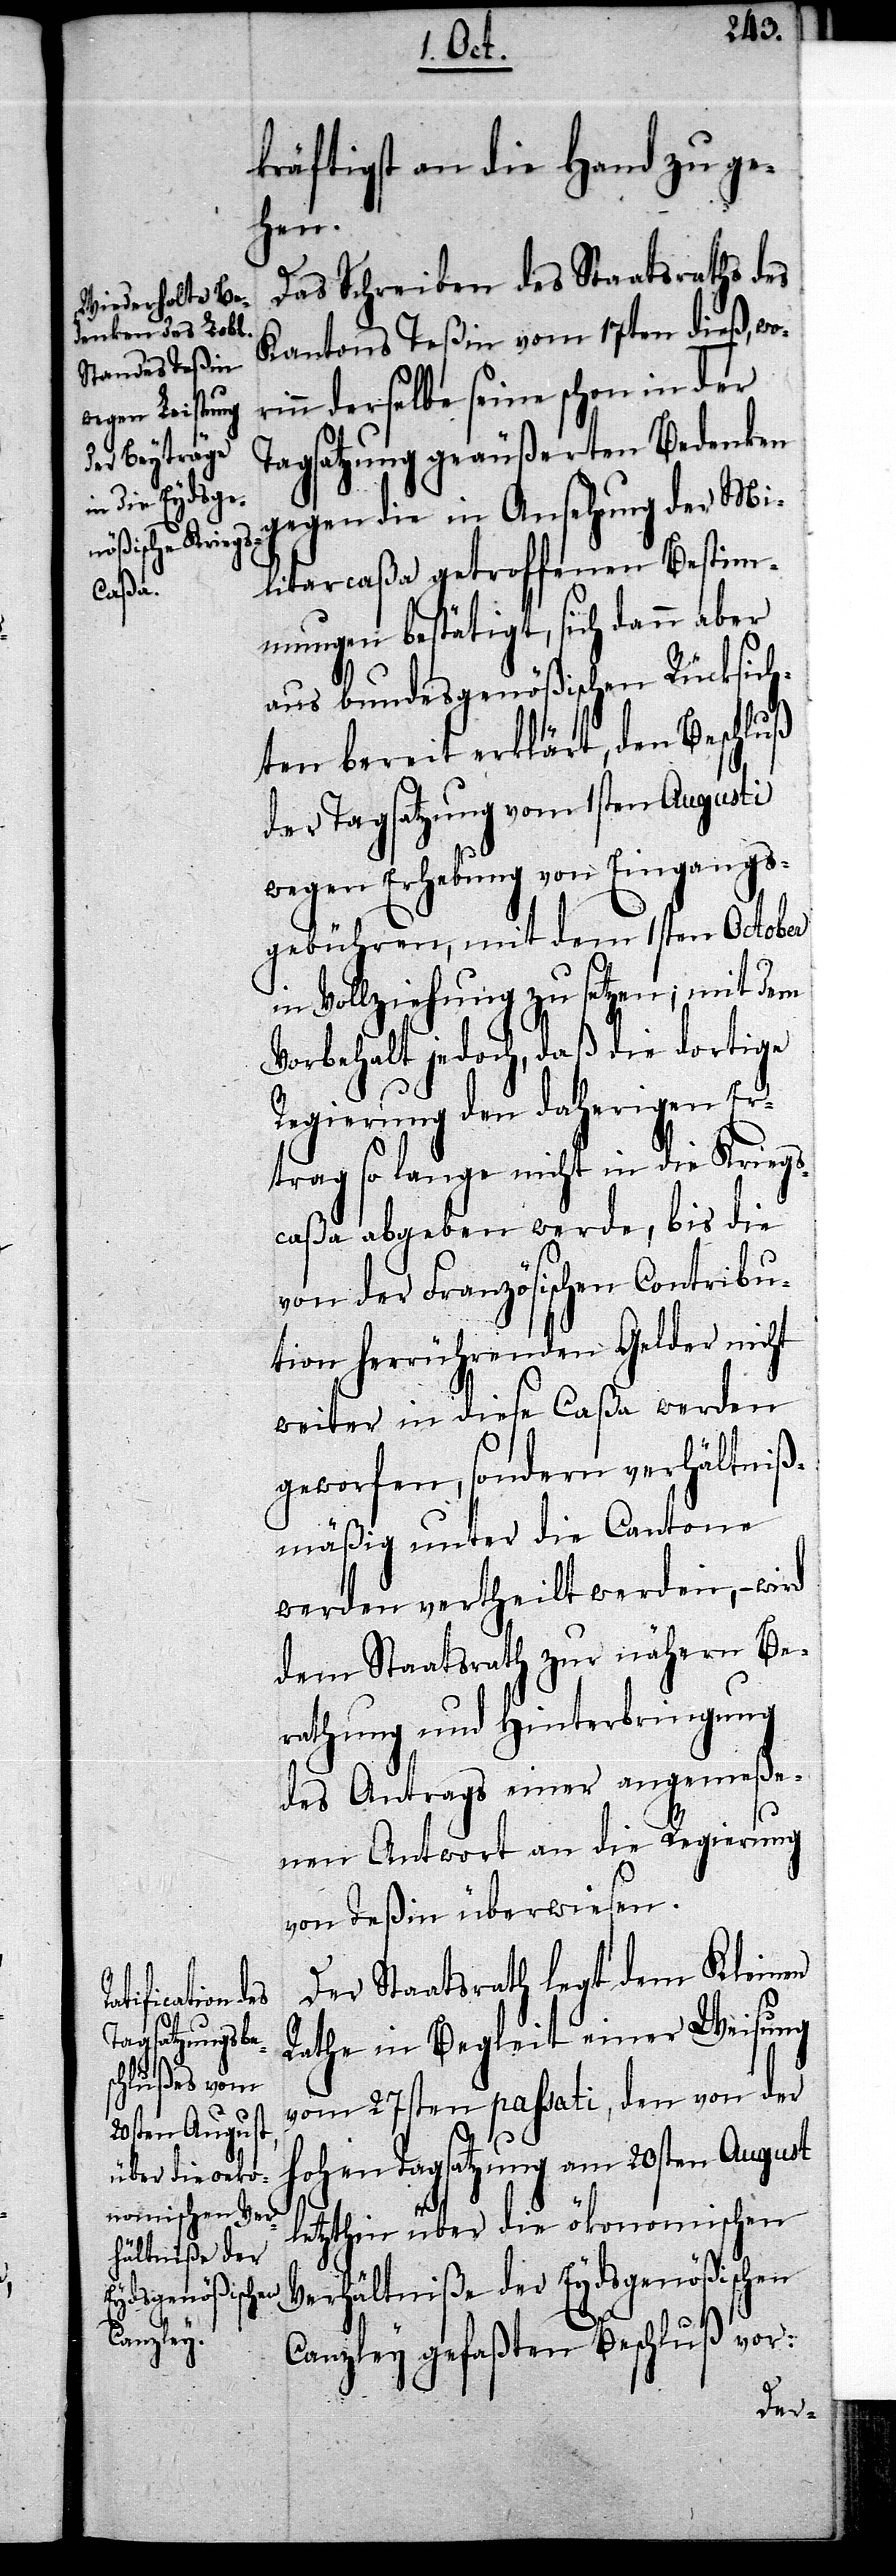
wori¬

kräftigst an die Hand zu ge¬
hen.
Das Schreiben des Staatsraths des
Kantons Teßin vom 17ten dieß
nn derselbe seine schon in der
Tagsatzung geäußerten Bedenken
gegen die in Ansehung der Mi¬
litarcaßa getroffenen Bestim¬
mungen bestätigt, sich dann aber
aus bundesgenößischen Rücksich¬
ten bereit erklärt, den Beschluß
der Tagsatzung vom 1sten Augusti
wegen Erhebung von Eingangs¬
gebühren, mit dem 1sten October
in Vollziehung zu setzen; mit dem
Vorbehalt jedoch, daß die dortige
Regierung den daherigen Er¬
trag so lange nicht in die Kriegs¬
caßa abgeben werde, bis die
von der Französischen Contribu¬
tion herrührenden Gelder nicht
weiter in diese Caßa werden
geworfen, sondern verhältniß¬
mäßig unter die Cantone
werden vertheilt werden, – wird
dem Staatsrath zur nähern Be¬
rathung und Hinterbringung
des Antrags einer angemeße¬
nen Antwort an die Regierung
von Teßin überwiesen.
Der Staatsrath legt dem Kleinen
Rathe in Begleit einer Weisung
vom 27sten passati, den von der
hohen Tagsatzung am 20sten August
letzthin über die ökonomischen
Verhältniße der Eydsgenößischen
Canzley gefaßten Beschluß vor: